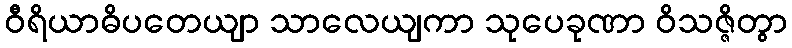
ဝီရိယာဓိပတေယျာ သာလေယျကာ သုပေခုဏာ ဝိသဇ္ဇိတွာ